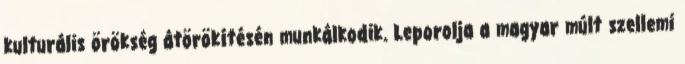
kulturális örökség átörökítésén munkálkodik. Leporolja a magyar múlt szellemi